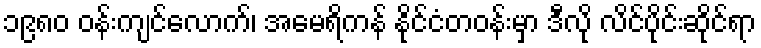
၁၉၈၀ ဝန်းကျင်လောက်၊ အမေရိကန် နိုင်ငံတဝန်းမှာ ဒီလို လိင်ပိုင်းဆိုင်ရာ